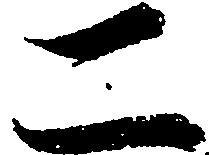
二